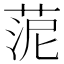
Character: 𦰫